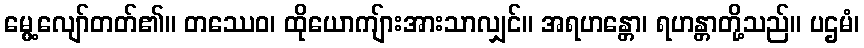
မွေ့လျော်တတ်၏။ တဿေဝ၊ ထိုယောကျ်ားအားသာလျှင်။ အရဟန္တော၊ ရဟန္တာတို့သည်။ ပဌမံ၊